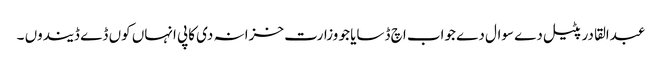
عبدالقادر پٹیل دے سوال دے جواب اچ ڈسایا جو وزارت خزانہ دی کاپی انہاں کوں ڈے ڈیندوں ۔